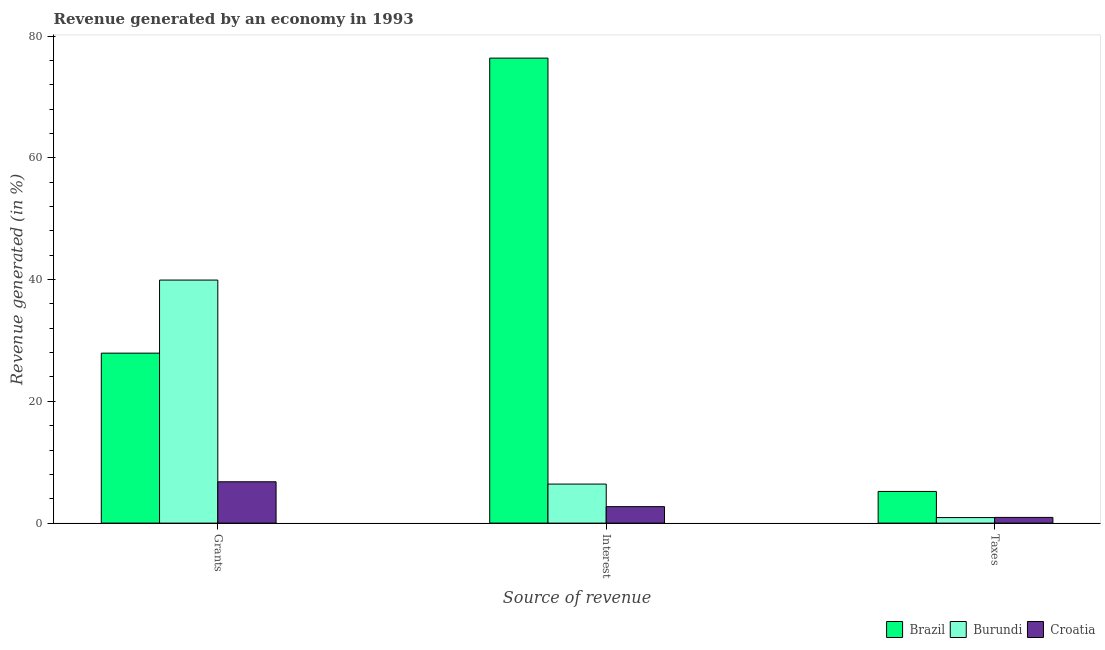
| Source of revenue | Brazil | Burundi | Croatia |
 | --- | --- | --- | --- |
 | Grants | 27.9 | 39.9 | 6.79 |
 | Interest | 76.4 | 6.41 | 2.7 |
 | Taxes | 5.2 | 0.908 | 0.935 |